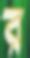
র